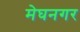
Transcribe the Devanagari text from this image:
मेघनगर